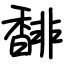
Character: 馡